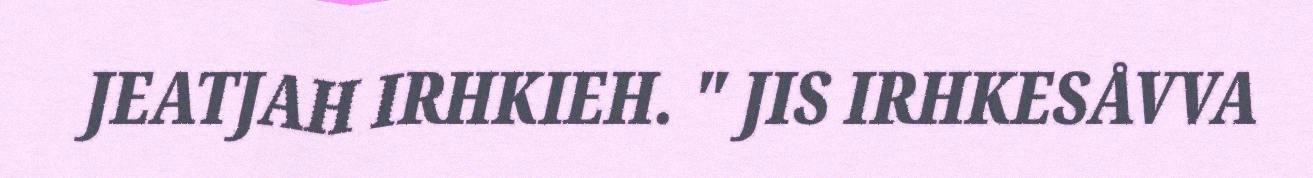
JEATJAH IRHKIEH. " JIS IRHKESÅVVA